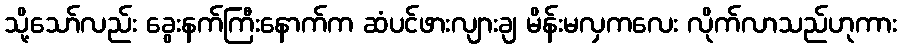
သို့သော်လည်း ခွေးနက်ကြီးနောက်က ဆံပင်ဖားလျားချ မိန်းမလှကလေး လိုက်လာသည်ဟုကား